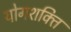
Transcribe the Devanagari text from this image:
योगशक्‍ति